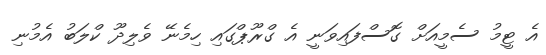
އެ ޓީމު ސެމީއަށް ގޮސްފައިވަނީ އެ ގްރޫޕްގައި ހިމެނޭ ވެލިދޫ ކްލަބު އެމުނި